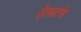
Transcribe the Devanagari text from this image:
ऐलबर्टस